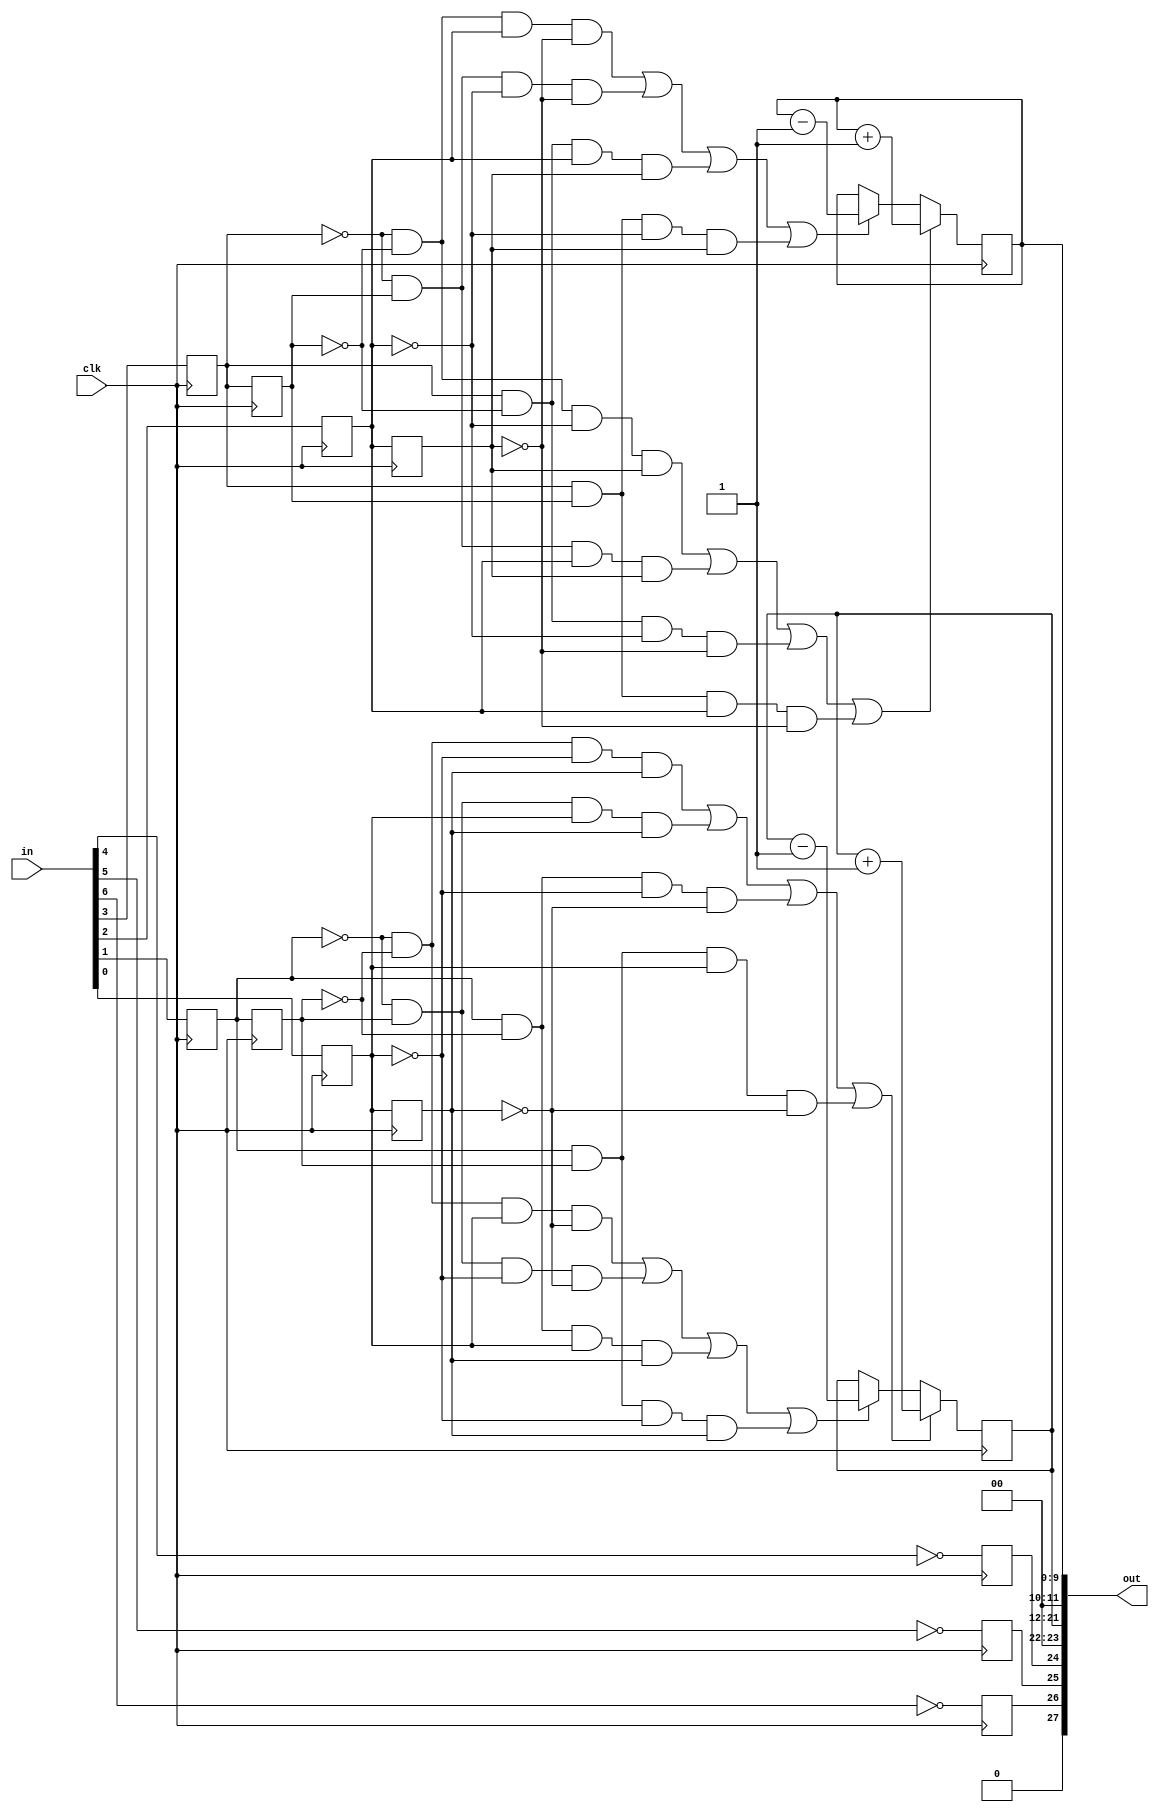
`timescale 1ns / 1ps
// N.Wirth  10.10.2012
module MouseX(
  input clk,
  input [6:0] in,
  output [27:0] out);

  reg x00, x01, x10, x11, y00, y01, y10, y11;
  reg ML, MM, MR;  // keys
  reg [9:0] x, y;  // counters

  wire xup, xdn, yup, ydn;

  assign xup = ~x00&~x01&~x10&x11 | ~x00&x01&x10&x11 | x00&~x01&~x10&~x11 | x00&x01&x10&~x11;
  assign yup = ~y00&~y01&~y10&y11 | ~y00&y01&y10&y11 | y00&~y01&~y10&~y11 | y00&y01&y10&~y11;
  assign xdn = ~x00&~x01&x10&~x11 | ~x00&x01&~x10&~x11 | x00&~x01&x10&x11 | x00&x01&~x10&x11;
  assign ydn = ~y00&~y01&y10&~y11 | ~y00&y01&~y10&~y11 | y00&~y01&y10&y11 | y00&y01&~y10&y11;
  assign out = {1'b0, ML, MM, MR, 2'b0, y, 2'b0, x};
  
  always @ (posedge clk) begin
    x00 <= in[3]; x01 <= x00; x10 <= in[2]; x11 <= x10;
    y00 <= in[1]; y01 <= y00; y10 <= in[0]; y11 <= y10;
    MR <= ~in[4]; MM <= ~in[5]; ML <= ~in[6];
    x <= xup ? x+1 : xdn ? x-1 : x; 
    y <= yup ? y+1 : ydn ? y-1 : y;
  end
endmodule